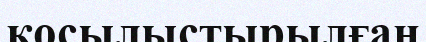
қосылыстырылған